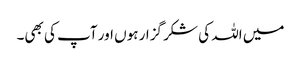
میں اللہ کی شکر گزار ہوں اور آپ کی بھی۔